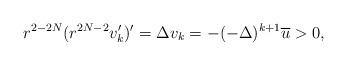
LaTeX: \begin{align*}r^{2-2N} (r^{2N-2} v_k' )' = \Delta v_k = -(-\Delta)^{k+1} \overline u >0,\end{align*}